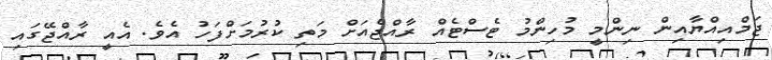
ޖަމްއިއްޔާއިން ނިންމީ މުހިންމު ޓެސްޓެއް ރާއްޖެއަށް މަތި ކުރުމަށްފަހު އެވެ. އެއީ ރާއްޖޭގައި